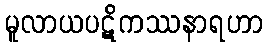
မူလာယပဋိကဿနာရဟာ